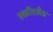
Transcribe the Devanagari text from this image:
स्कॉटलॅंड